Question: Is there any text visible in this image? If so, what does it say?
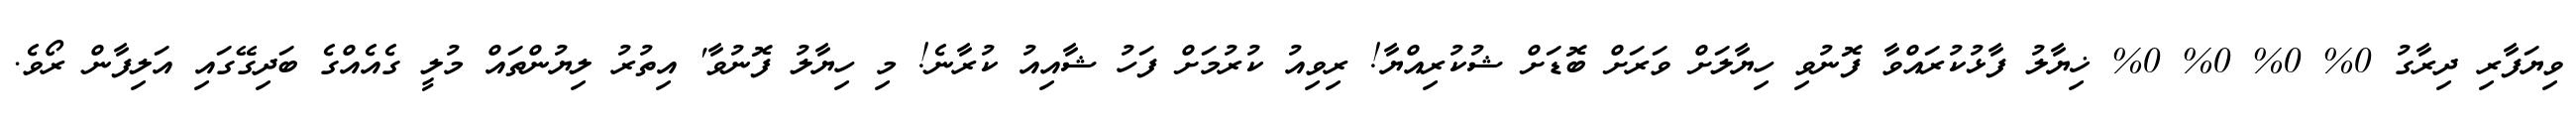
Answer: ވިޔަފާރި ދިރާގު 0% 0% 0% 0% ޚިޔާލު ފާޅުކުރައްވާ ފޮނުވި ހިޔާލަށް ވަރަށް ބޮޑަށް ޝުކުރިއްޔާ! ރިވިއު ކުރުމަށް ފަހު ޝާއިއު ކުރާނެ! މި ހިޔާލު ފޮނުވާ' އިތުރު ލިޔުންތައް މުލީ ގެއެއްގެ ބަދިގޭގައި އަލިފާން ރޯވެ.